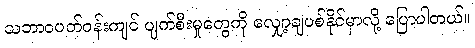
သဘာဝပတ်ဝန်းကျင် ပျက်စီးမှုတွေကို လျှော့ချပစ်နိုင်မှာလို့ ပြောပါတယ်။